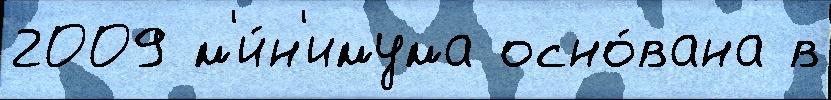
2009 м'и́н'имума осно́вана в